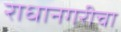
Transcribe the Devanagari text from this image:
राधानगरीचा